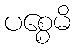
ပစ္စေမိ